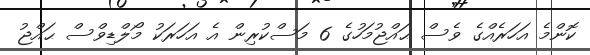
ކޮންމެ އަހަރެއްގެ ވެސް ޙައްޖުމަހުގެ 6 މަސްކުރިން އެ އަހަރަކު މޯލްޑިވްސް ޙައްޖު